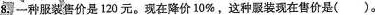
8.一种服装售价是120元。现在降价10\%，这种服装现在售价是( )。